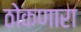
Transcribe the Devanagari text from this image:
ठोकणारा